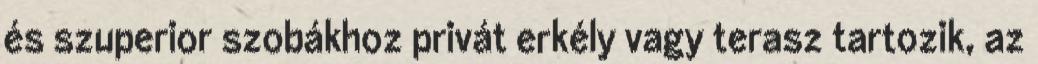
és szuperior szobákhoz privát erkély vagy terasz tartozik, az